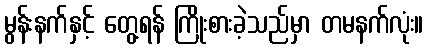
မွန်းနက်နှင့် တွေ့ရန် ကြိုးစားခဲ့သည်မှာ တမနက်လုံး။